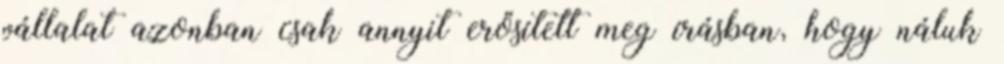
vállalat azonban csak annyit erősített meg írásban, hogy náluk